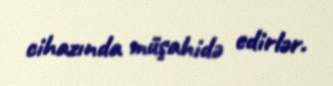
cihazında müşahidə edirlər.